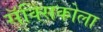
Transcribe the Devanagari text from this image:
सॅक्सिकोला